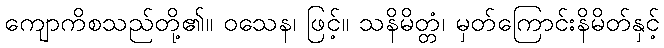
ကျောကိစသည်တို့၏။ ဝသေန၊ ဖြင့်။ သနိမိတ္တံ၊ မှတ်ကြောင်းနိမိတ်နှင့်